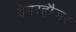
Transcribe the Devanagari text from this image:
वेयरहौज़र